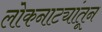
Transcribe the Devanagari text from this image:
लोकनाट्यांतून